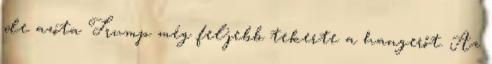
de azóta Trump még feljebb tekerte a hangerőt. Az